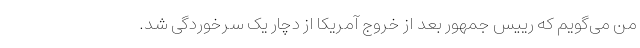
من می‌گویم که رییس جمهور بعد از خروج آمریکا از دچار یک سرخوردگی شد.